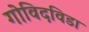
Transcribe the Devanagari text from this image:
गोविदविडा